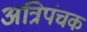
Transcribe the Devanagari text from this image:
अत्रिपंचक